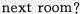
next room?